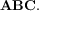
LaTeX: \mathbf { A B C } .